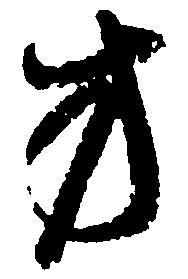
方